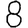
Digit: 8